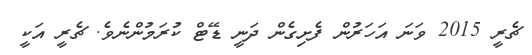
ޗެރީ 2015 ވަނަ އަހަރުން ފެށިގެން ދަނީ ޑޭޓް ކުރަމުންނެވެ. ޗެރީ އަކީ